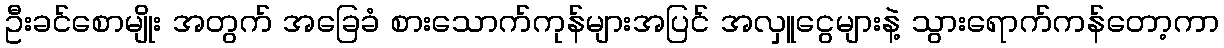
ဦးခင်စောမျိုး အတွက် အခြေခံ စားသောက်ကုန်များအပြင် အလှူငွေများနဲ့ သွားရောက်ကန်တော့ကာ